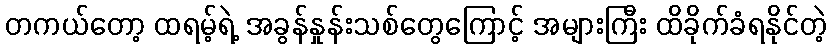
တကယ်တော့ ထရမ့်ရဲ့ အခွန်နှုန်းသစ်တွေကြောင့် အများကြီး ထိခိုက်ခံရနိုင်တဲ့